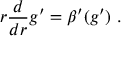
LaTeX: r \frac { d } { d r } g ^ { \prime } = \beta ^ { \prime } ( g ^ { \prime } ) \, \, .